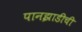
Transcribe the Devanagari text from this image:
पानझाडीची